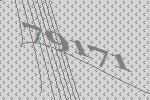
79171